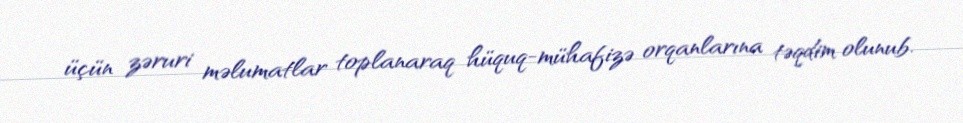
üçün zəruri məlumatlar toplanaraq hüquq-mühafizə orqanlarına təqdim olunub.